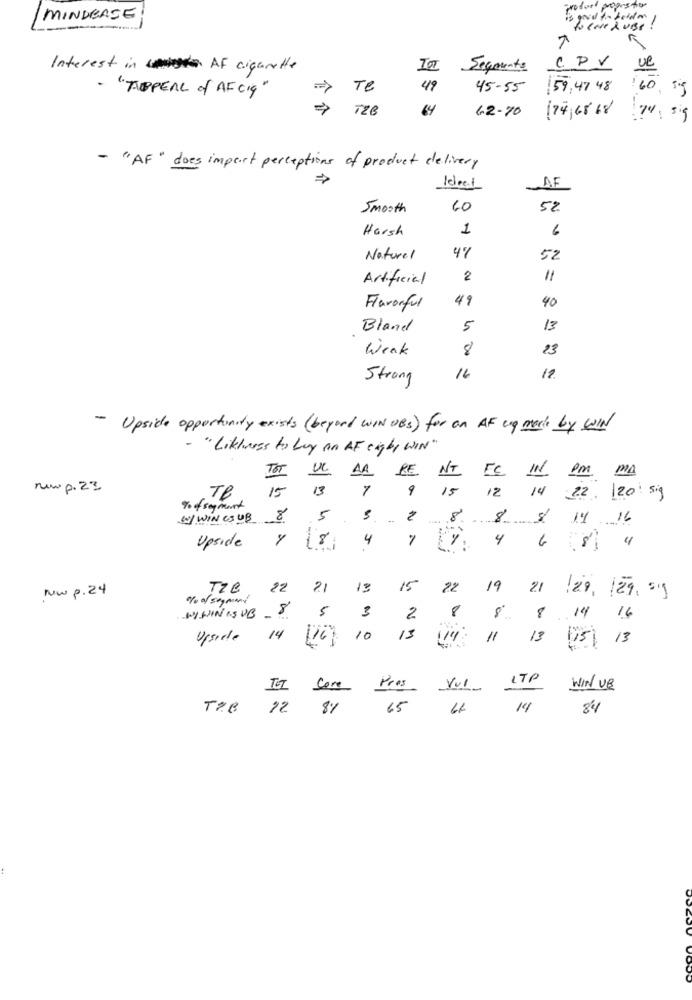
MINDERSE
is good to holdon/
QueNeRuss!
Interest in AF cigarette
Segments
CPV
ue
- "APPEAL of AF CIS"
->
Te
49
45-55
159,47 48
TZB
64
62-70 74, 68 68 74: 59
- "AF" does import perceptions of product delivery
AF
Ideal
Smooth
60
5%
Harsh
1
6
47
Natural
52
Artificial
2
11
49
40
Flavorful
Bland
5
13
Week
8
23
Strong
16
12
- Upside opportunity exists (beyond WINDES) for an AF up more by WIN
" Liktwess to buy an AF eight WIN"
UC
DA RE
FC
IN Pm MA
NT
new p. 23
Te
15
13
A
9
15
12 14 22. 120 sig
To of segment
W/ WIN CSUB 8
5
2
8 8 $ 14 16
18
4
7
4
.. ..
Upside
Nw p. 24
Tze
22
21
13
15
22
19
21
29, 129.99
WININISUB-8
5
M
8º
2
8 14 16
Upside 14
[16]
10
13
114
11
[5] 13
ITP
IT Core
Pres
Vul
WIN VE
T.B
12 81
65
6
14
84